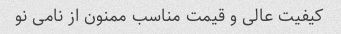
کیفیت عالی و قیمت مناسب ممنون از نامی نو